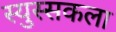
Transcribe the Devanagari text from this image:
स्युस्सकला